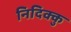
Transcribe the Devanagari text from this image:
निदिक्कु